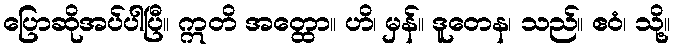
ပြောဆိုအပ်ပါပြီ။ ဣတိ အတ္ထော။ ဟိ၊ မှန်။ ဒူတေန၊ သည်။ ဧဝံ၊ သို့။